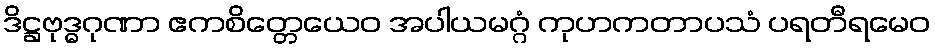
ဒိဋ္ဌဗုဒ္ဓဂုဏာ ဧကစိတ္တေယေဝ အပါယမဂ္ဂံ ကုဟကတာပသံ ပရတီရမေဝ